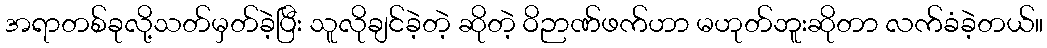
အရာတစ်ခုလို့သတ်မှတ်ခဲ့ပြီး သူလိုချင်ခဲ့တဲ့ ဆိုတဲ့ ဝိဉာဏ်ဖက်ဟာ မဟုတ်ဘူးဆိုတာ လက်ခံခဲ့တယ်။